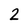
Character: 2